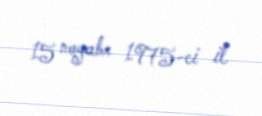
15 noyabr 1975-ci il